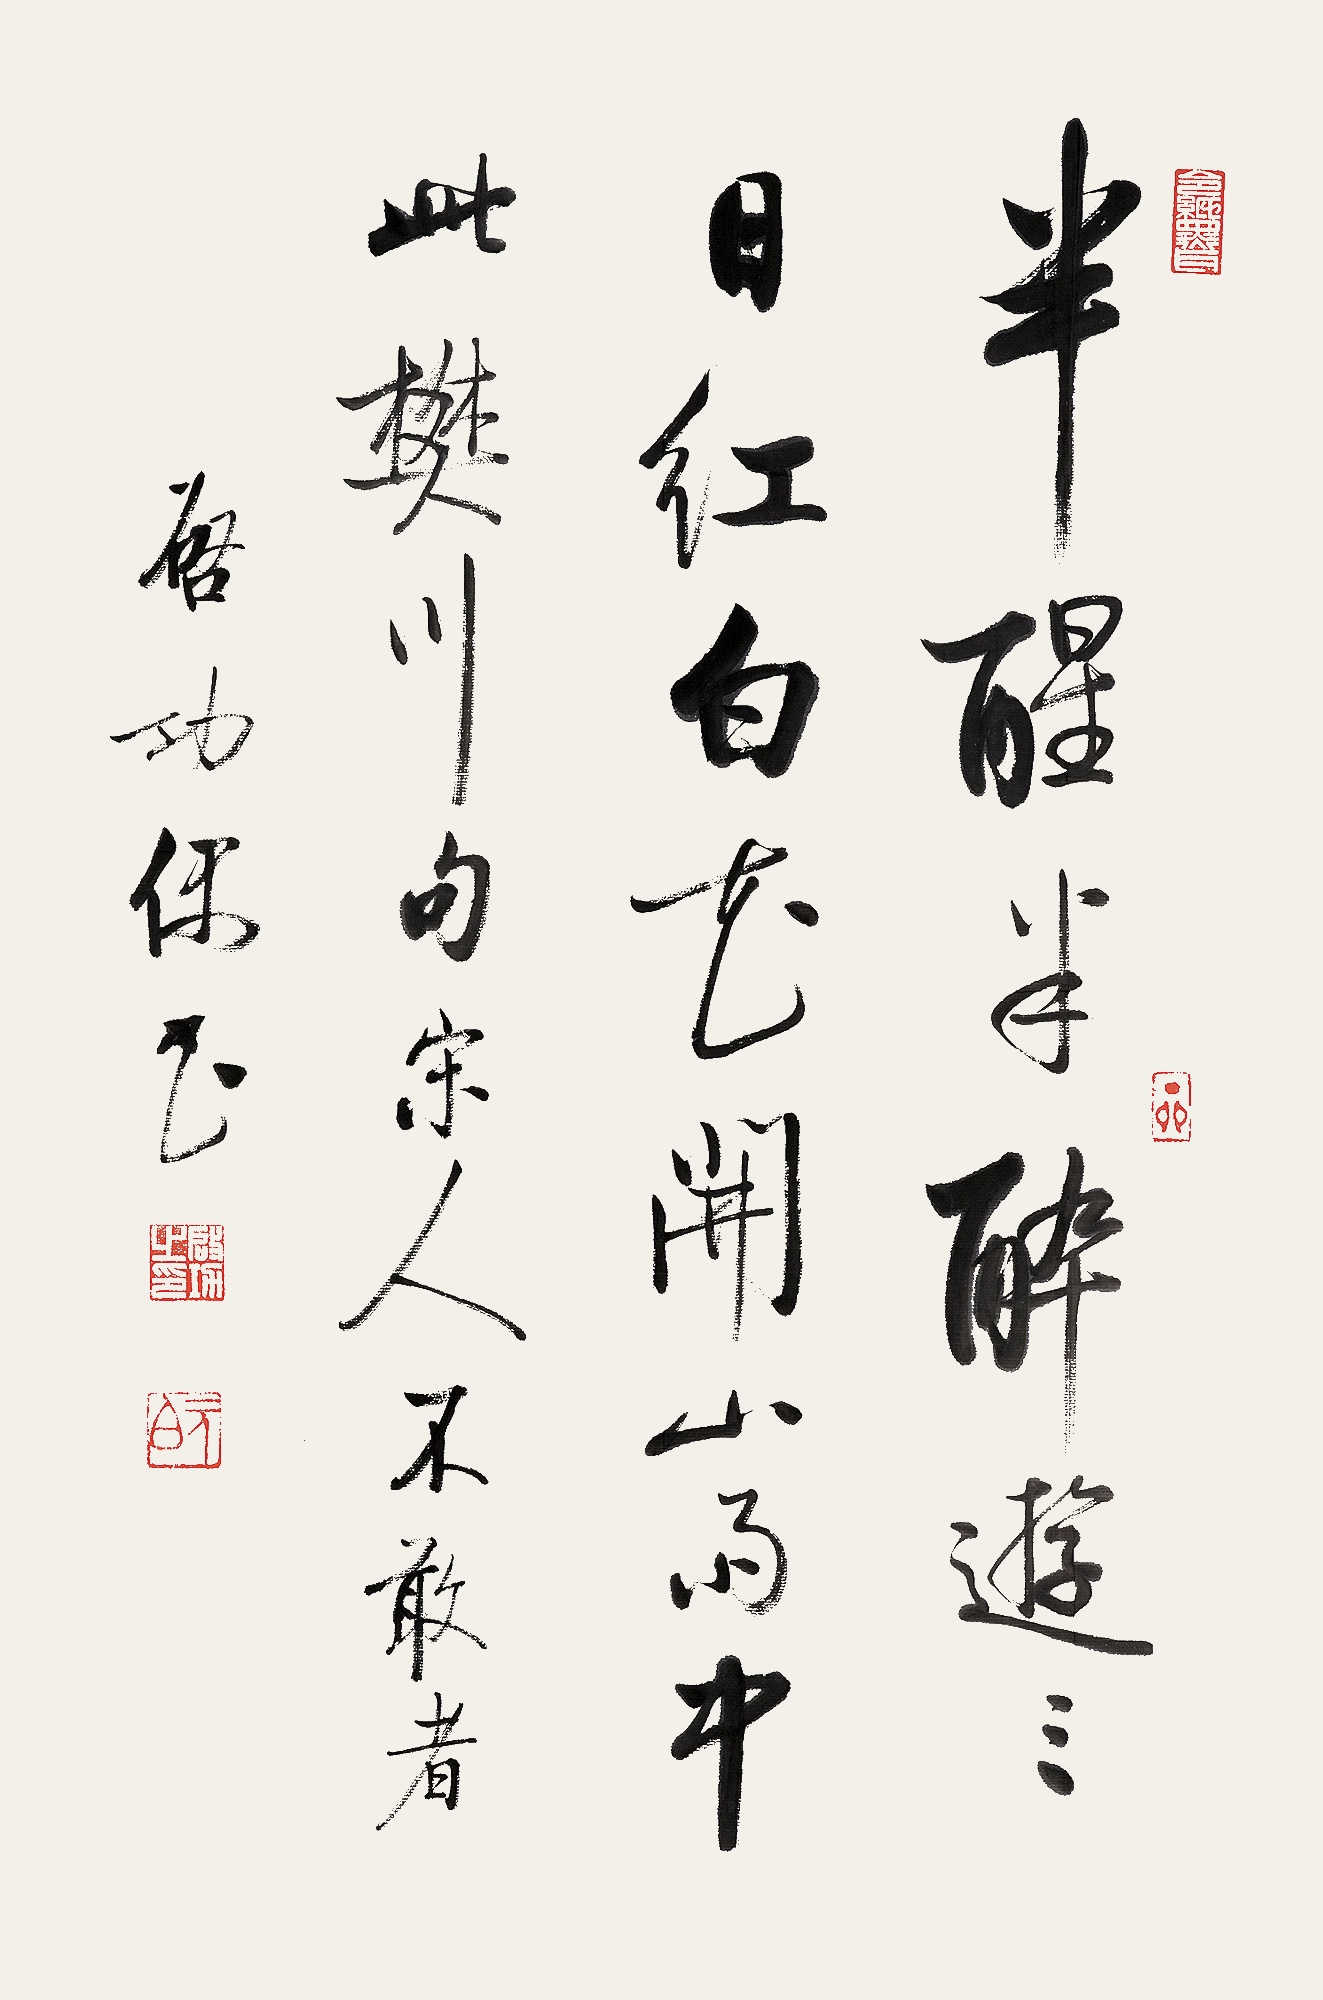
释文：半醒半醉游三日，红白花开山雨中。此樊川句，宋人不敢者。启功偶书。